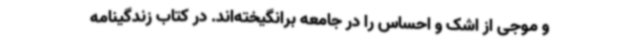
و موجی از اشک و احساس را در جامعه برانگیخته‌اند. در کتاب زندگینامه